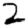
Digit: 2